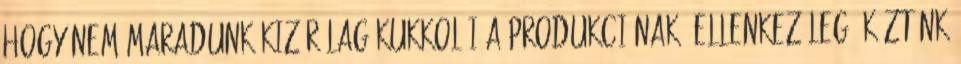
hogy nem maradunk kizárólag kukkolói a produkciónak, ellenkezőleg: köztünk